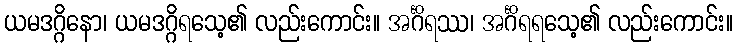
ယမဒဂ္ဂိနော၊ ယမဒဂ္ဂိရသေ့၏ လည်းကောင်း။ အင်္ဂိရဿ၊ အင်္ဂိရရသေ့၏ လည်းကောင်း။